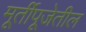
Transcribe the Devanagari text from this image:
मूर्तीपूजेतील